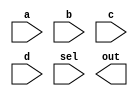
`timescale 1ns / 1ps
//////////////////////////////////////////////////////////////////////////////////
// Company: 
// Engineer: 
// 
// Design Name: 
// Module Name: MUX4by1
// Project Name: 
// Target Devices: 
// Tool Versions: 
// Description: 
// 
// Dependencies: 
// 
// Revision:
// Revision 0.01 - File Created
// Additional Comments:
// 
//////////////////////////////////////////////////////////////////////////////////


module MUX_fourXone(input [31:0] a, b, c, d, input [1:0] sel, output  [31:0] out);
assign c  = sel[1] ? (sel[0] ? a : b) : (sel[0] ? c : d);
endmodule